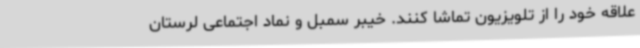
علاقه خود را از تلویزیون تماشا کنند. خیبر سمبل و نماد اجتماعی لرستان